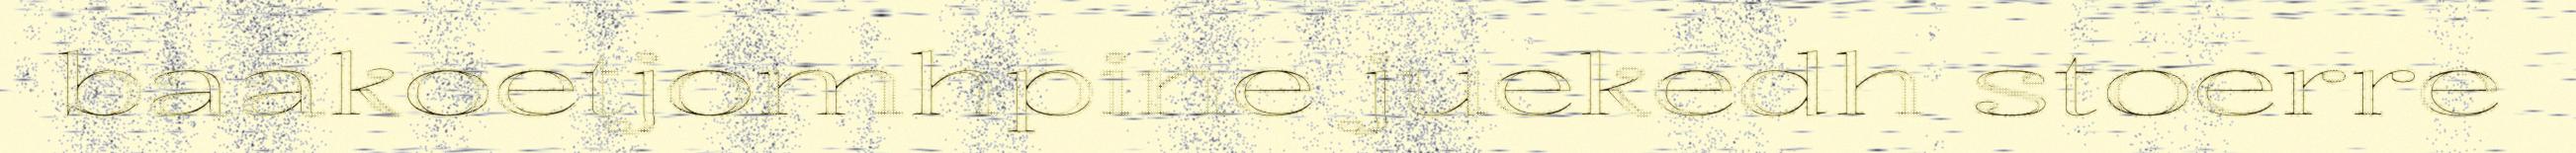
baakoetjomhpine juekedh stoerre